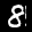
Label: 8